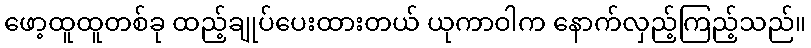
ဖော့ထူထူတစ်ခု ထည့်ချုပ်ပေးထားတယ် ယုကာဝါက နောက်လှည့်ကြည့်သည်။